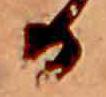
る